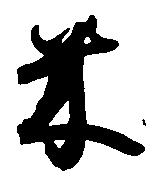
米